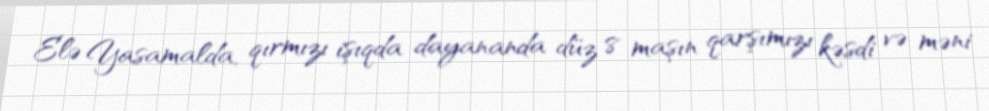
Elə Yasamalda, qırmızı işıqda dayananda düz 8 maşın qarşımızı kəsdi və məni